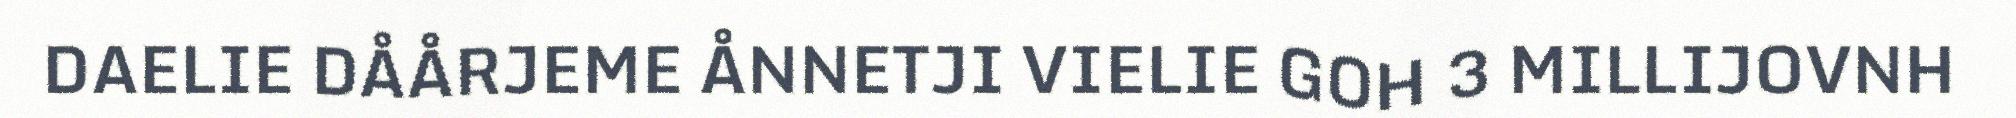
DAELIE DÅÅRJEME ÅNNETJI VIELIE GOH 3 MILLIJOVNH